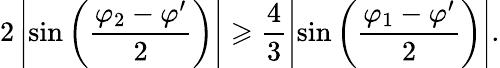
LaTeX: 2\left|\sin\left(\frac{\varphi_{2}-\varphi^{\prime}}{2}\right)\right|\geqslant\frac{4}{3}\left|\sin\left(\frac{\varphi_{1}-\varphi^{\prime}}{2}\right)\right|.